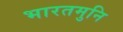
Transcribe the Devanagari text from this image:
भारतमुनि